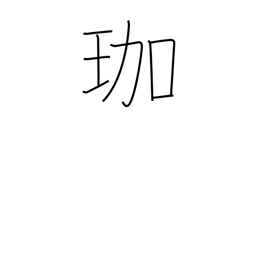
Meaning: ornamental hairpin